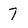
Character: 7